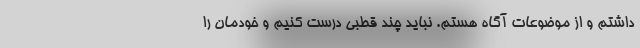
داشتم و از موضوعات آگاه هستم. نباید چند قطبی درست کنیم و خودمان را